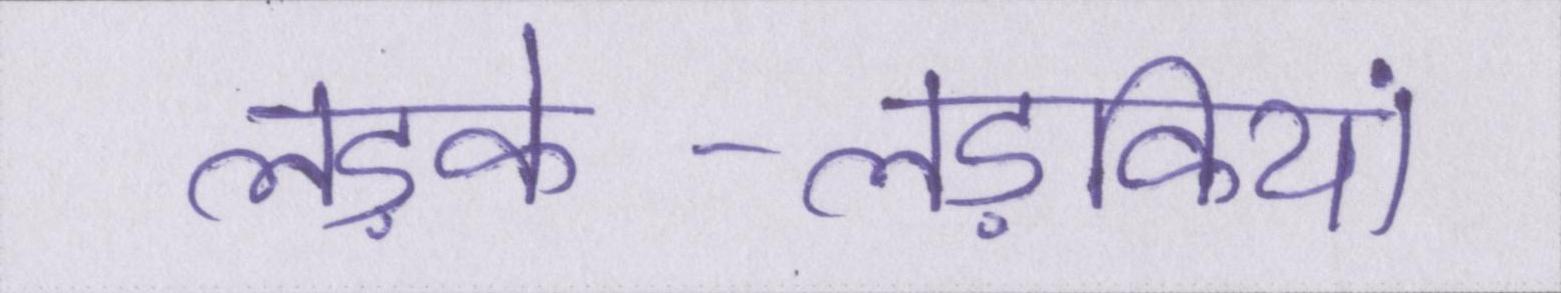
लड़के-लड़कियां